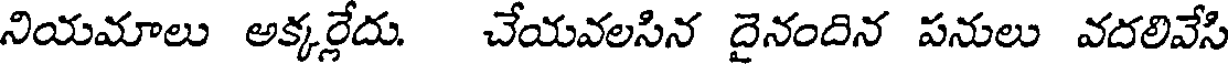
నియమాలు అక్కర్లేదు. చేయవలసిన దైనందిన పనులు వదలివేసి